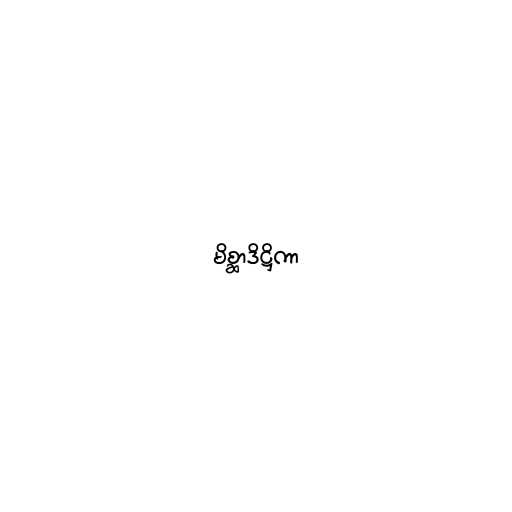
မိစ္ဆာဒိဋ္ဌိကာ